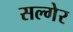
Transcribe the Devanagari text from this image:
सल्गेर